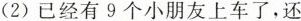
(2)已经有9个小朋友上车了，还